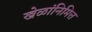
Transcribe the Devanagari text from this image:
खेळांनिमित्त